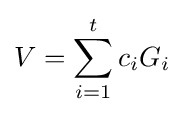
V=\sum _{i=1}^{t}c_{i}G_{i}